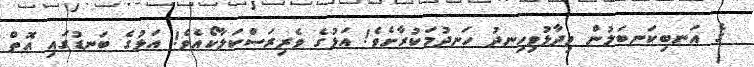
ގެ އަނބިކަނބަލުން ވިދާޅުވިހިނދު ހަނދުމަކުރާށެވެ! އަޅުގެ ވެރިރަސްކަލާކޯއެވެ! އަޅުގެ ބަނޑުގައި އޮތް